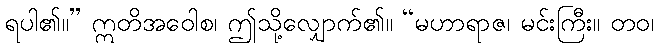
ရပါ၏။” ဣတိအဝေါစ၊ ဤသို့လျှောက်၏။ “မဟာရာဇ၊ မင်းကြီး။ တဝ၊